Report of the Indian Hemp Drugs Commission, 1894-1895 - Volume II
Year: 1894
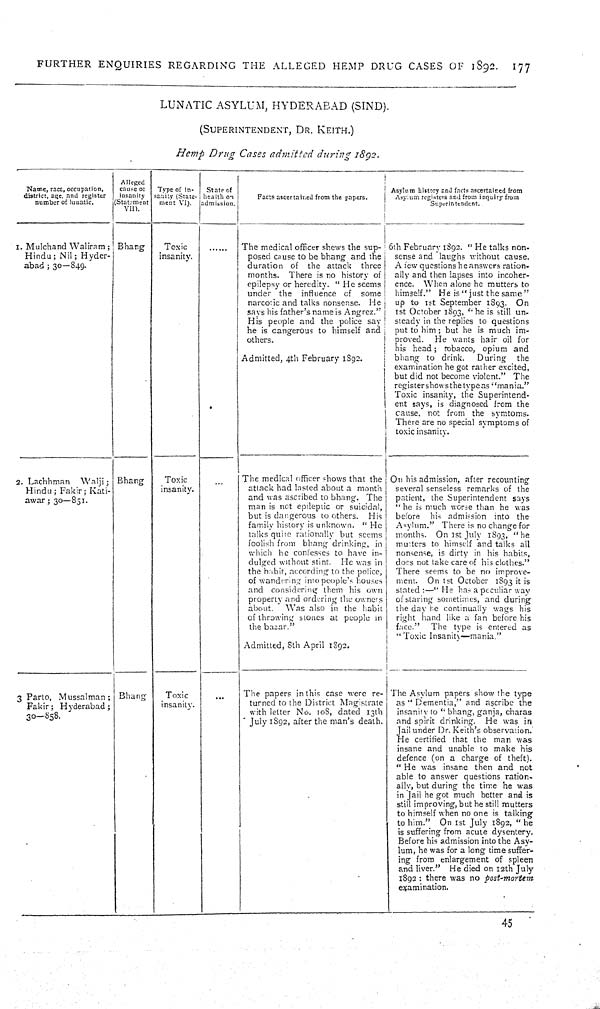
FURTHER ENQUIRIES REGARDING THE ALLEGED HEMP DRUG CASES OF 1892.
177
LUNATIC ASYLUM, HYDERABAD (SIND).
(SUPERINTENDENT, DR. KEITH.)
Hemp Drug Cases admitted during 1892.
Name, race, occupation,
district, age, and register
number of lunatic.
Alleged
cause of
insanity
(Statement
VII).
Type 0f in-
sanity (State-
ment VI).
State of
health on
admission.
Facts ascertained from the papers.
Asylum history and facts ascertained from
Asylum registers and from inquiry from
Superintendent.
1. Mulchand Waliram;
Hindu; Nil; Hyder-
abad; 30—849.
Bhang
Toxic
insanity.
The medical officer shews the sup-
posed cause to be bhang and the
duration of the attack three
months. There is no history of
epilepsy or heredity. "He seems
under the influence of some
narcotic and talks nonsense. He
says his father's name is Angrez."
His people and the police say
he is dangerous to himself and
others.
Admitted, 4th February 1892.
6th February 1892. "He talks non-
sense and laughs without cause.
A few questions he answers ration-
ally and then lapses into incoher-
ence. When alone he mutters to
himself." He is "just the same"
up to 1st September 1893. On
1st October 1893, "he is still un-
steady in the replies to questions
put to him; but he is much im-
proved.
He wants hair oil for
his head; tobacco, opium and
bhang to drink.
During
the
examination he got rather excited,
but did not become violent." The
register shows the type as "mania."
Toxic insanity, the Superintend-
ent says, is diagnosed from the
cause, not from the symtoms.
There are no special symptoms of
toxic insanity.
2. Lachhman
Walji;
Hindu; Fakir; Kati-
awar; 30—851.
Bhang
Toxic
insanity.
The medical officer shows that the
attack had lasted about a month
and was ascribed to bhang. The
man is not epileptic or suicidal,
but is dangerous to others. His
family history is unknown. "He
talks quite rationally but seems
foolish from bhang drinking, in
which he confesses to have in-
dulged without stint. He was in
the habit, according to the police,
of Wandering into people's houses
and considering them his own
property and ordering the owners
about.
Was also in the habit
of throwing stones at people in
the bazar."
Admitted, 8th April 1892.
On his admission, after recounting
several senseless remarks of the
patient, the Superintendent says
"he is much worse than he was
before his admission into the
Asylum." There is no change for
months. On 1st July 1893, "he
musters to himself and talks all
nonsense, is dirty in his habits,
does not take care of his clothes."
There seems to be no improve-
ment. On 1st October 1893 it is
stated:—"He has a peculiar way
of staring sometimes, and during
the day he continually wags his
right hand like a fan before his
face."
The type is entered as
"Toxic Insanity—mania."
3 Parto, Mussalman;
Fakir; Hyderabad;
30—858.
Bhang
Toxic
insanity.
The papers in this case were re-
turned to the District Magistrate
with letter No. 108, dated 13th
July 1892, after the man's death.
The Asylum papers show the type
as "Dementia," and ascribe the
insanity to "bhang, ganja, charas
and spirit drinking. He was in
Jail under Dr. Keith's observation.
He certified that the man was
insane and unable to make his
defence (on a charge of theft).
"He was insane then and not
able to answer questions ration-
ally, but during the time he was
in Jail he got much better and is
still improving, but he still mutters
to himself when no one is talking
to him." On 1st July 1892, "he
is suffering from acute dysentery.
Before his admission into the Asy-
lum, he was for a long time suffer-
ing from enlargement of spleen
and liver." He died on 12th July
1892: there was no post-mortem
examination.
45